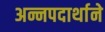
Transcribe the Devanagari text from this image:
अन्नपदार्थाने